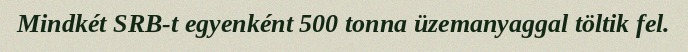
Mindkét SRB-t egyenként 500 tonna üzemanyaggal töltik fel.